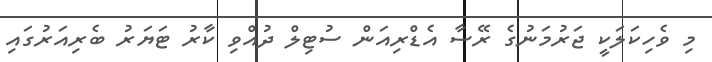
މި ވެހިކަލަކީ ޖަރުމަނުގެ ރޭސާ އެޑްރިއަން ސުޓިލް ދުއްވި ކާރު ޓަޔަރު ބެރިއަރުގައި